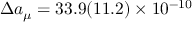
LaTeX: \Delta a _ { \mu } = 3 3 . 9 ( 1 1 . 2 ) \times 1 0 ^ { - 1 0 }